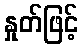
နှုတ်ဖြင့်